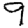
Digit: 9